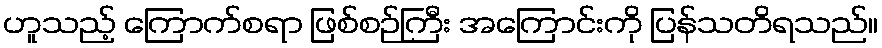
ဟူသည့် ကြောက်စရာ ဖြစ်စဉ်ကြီး အကြောင်းကို ပြန်သတိရသည်။